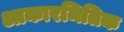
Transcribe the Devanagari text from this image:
आकारमितिक